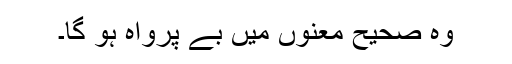
وہ صحیح معنوں میں‌ بے پرواہ ہو گا۔